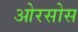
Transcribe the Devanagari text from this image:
ओरसोस